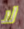
لا